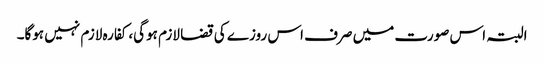
البتہ اس صورت میں صرف اس روزے کی قضا لازم ہوگی، کفارہ لازم نہیں ہوگا۔